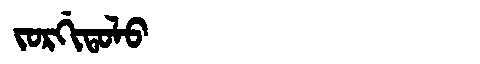
Manchu: ᠵᠣᡵᡤᡳᡨᠣᠯᠣ
Romanization: JORGITOLO